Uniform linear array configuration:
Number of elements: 8
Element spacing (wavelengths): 0.5
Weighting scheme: blackman
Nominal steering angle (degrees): -15
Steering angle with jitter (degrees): -13.68
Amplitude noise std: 0.05
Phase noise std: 0.05

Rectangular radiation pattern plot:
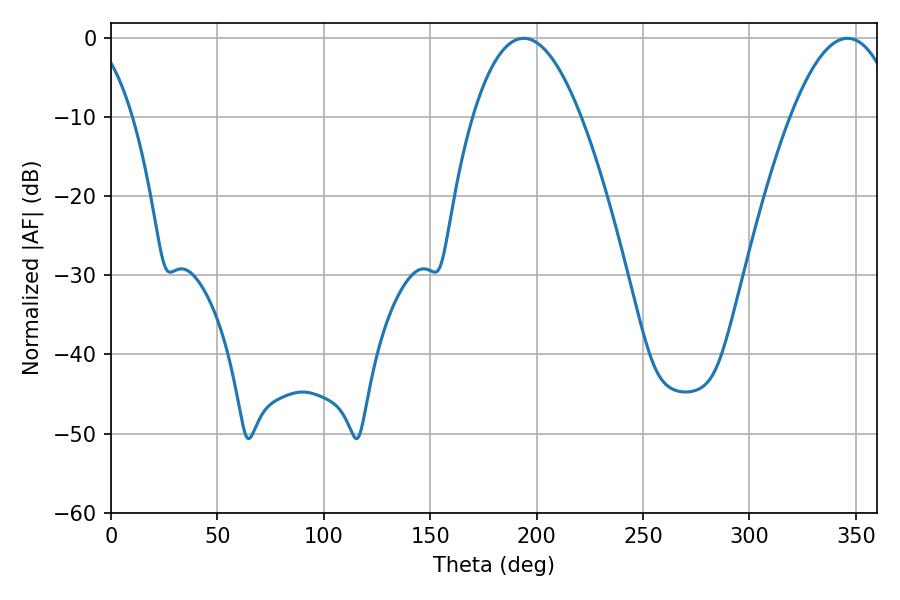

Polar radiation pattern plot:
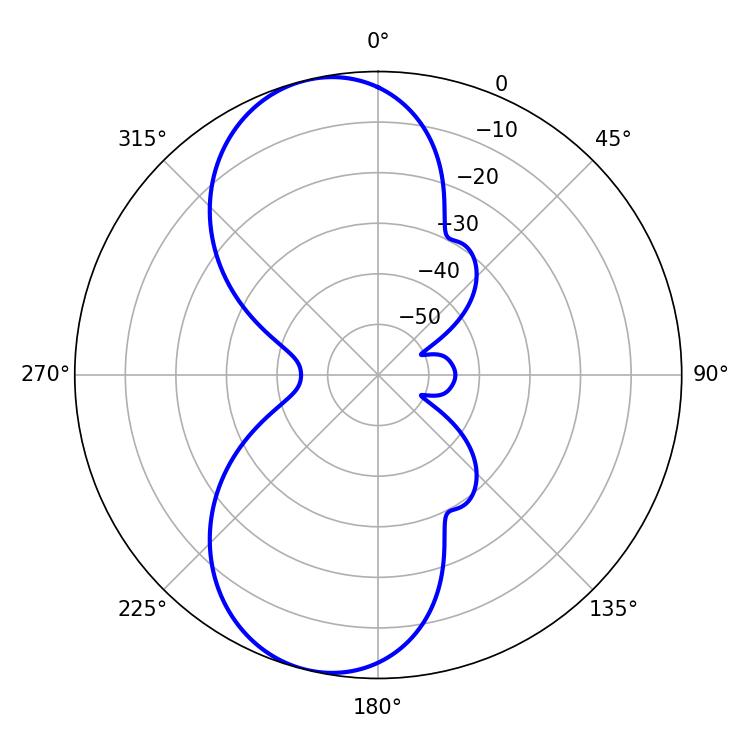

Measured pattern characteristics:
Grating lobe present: FALSE
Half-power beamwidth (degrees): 27.9
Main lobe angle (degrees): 193.86